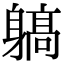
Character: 𨉲